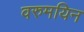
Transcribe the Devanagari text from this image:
वरुमयिन